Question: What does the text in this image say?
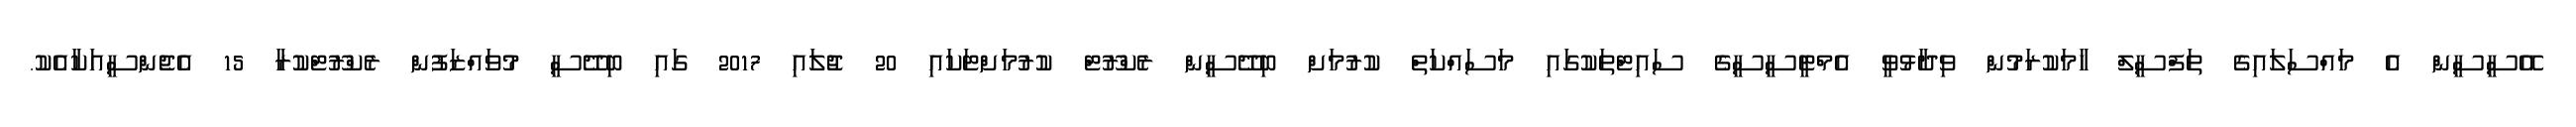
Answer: އޭސީސީން އެ މައްސަލައިގެ ތަފްސީލް ހާމަކުރަމުން ވިދާޅުވީ އެމްޓީސީސީގެ ސައިޓްތަކުގައި މަސައްކަތް ކުރުމަށް ބިދޭސީން ރެކްރޫޓް ކުރުމަށްޓަކައި 20 ޖުލައި 2017 ގައި ބިދޭސީ މުވައްޒަފުން ރެކްރޫޓްކުރާ 15 އެޖެންސީއަކާއެކު.